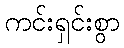
ကင်းရှင်းစွာ